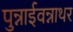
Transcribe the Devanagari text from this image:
पुन्नाईवन्नाथर